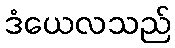
ဒံယေလသည်